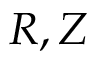
R , Z